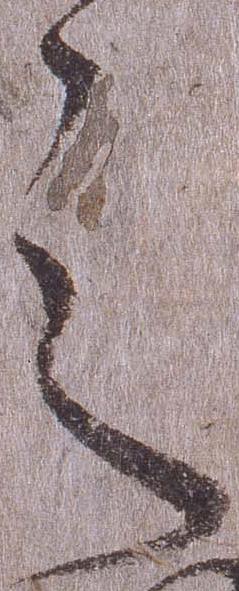
之